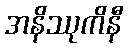
အနိဿုကိနီ